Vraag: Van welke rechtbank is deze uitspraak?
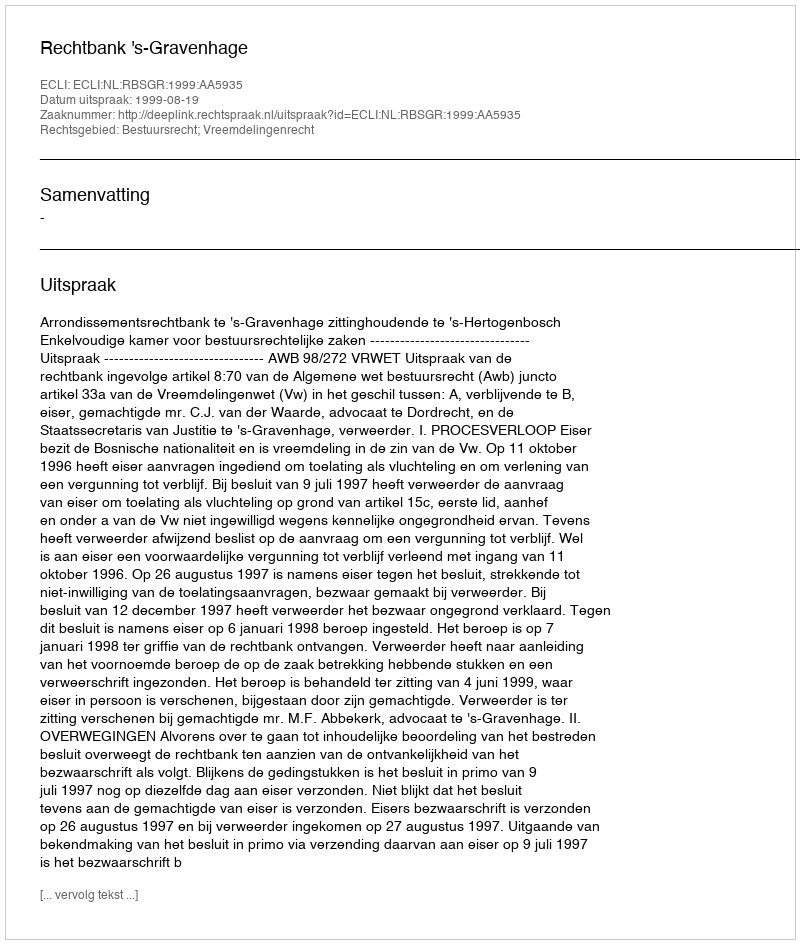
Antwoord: Rechtbank 's-Gravenhage